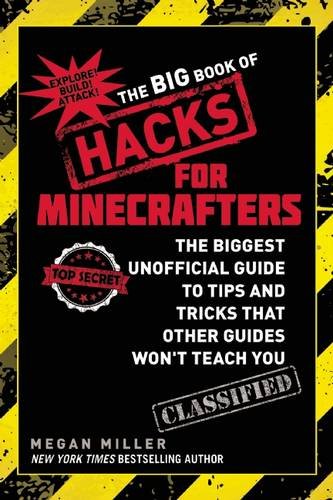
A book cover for The Big Book of Hacks for Minecrafters: The Biggest Unofficial Guide to Tips and Tricks That Other Guides WonEEt Teach You; Megan Miller; Humor & Entertainment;